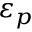
\varepsilon _ { p }